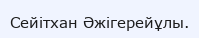
Сейітхан Әжігерейұлы.